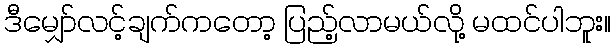
ဒီမျှော်လင့်ချက်ကတော့ ပြည့်လာမယ်လို့ မထင်ပါဘူး။